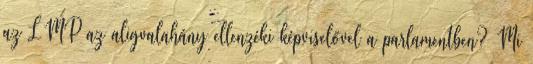
az LMP az aligvalahány ellenzéki képviselővel a parlamentben? Mi